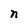
Character: n